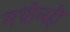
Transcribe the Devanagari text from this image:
मधीलही